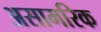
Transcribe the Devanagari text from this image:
असामरिक